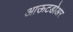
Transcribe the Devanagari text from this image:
आऊटडोअर